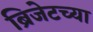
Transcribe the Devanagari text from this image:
ब्रिजेटच्या